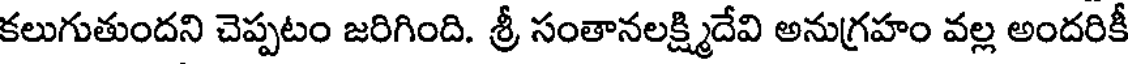
కలుగుతుందని చెప్పటం జరిగింది. శ్రీ సంతానలక్ష్మిదేవి అనుగ్రహం వల్ల అందరికీ